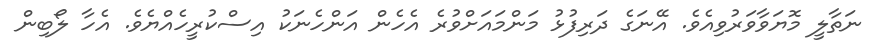
ނަތާލީ މޮޔަވާވަރުވިއެވެ. އޭނަގެ ދަރިފުޅު މަންމައަށްވުރެ އެހެން އަންހެނަކު އިސްކުރީހެއްޔެވެ. އެހާ ލޯބިން